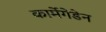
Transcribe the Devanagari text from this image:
कार्मेगेडेन